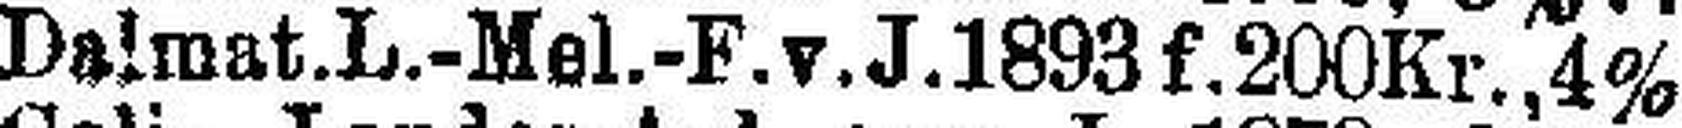
Dalmat.L.-Mel.-F.v.J.1893 f. 200Kr., 4%